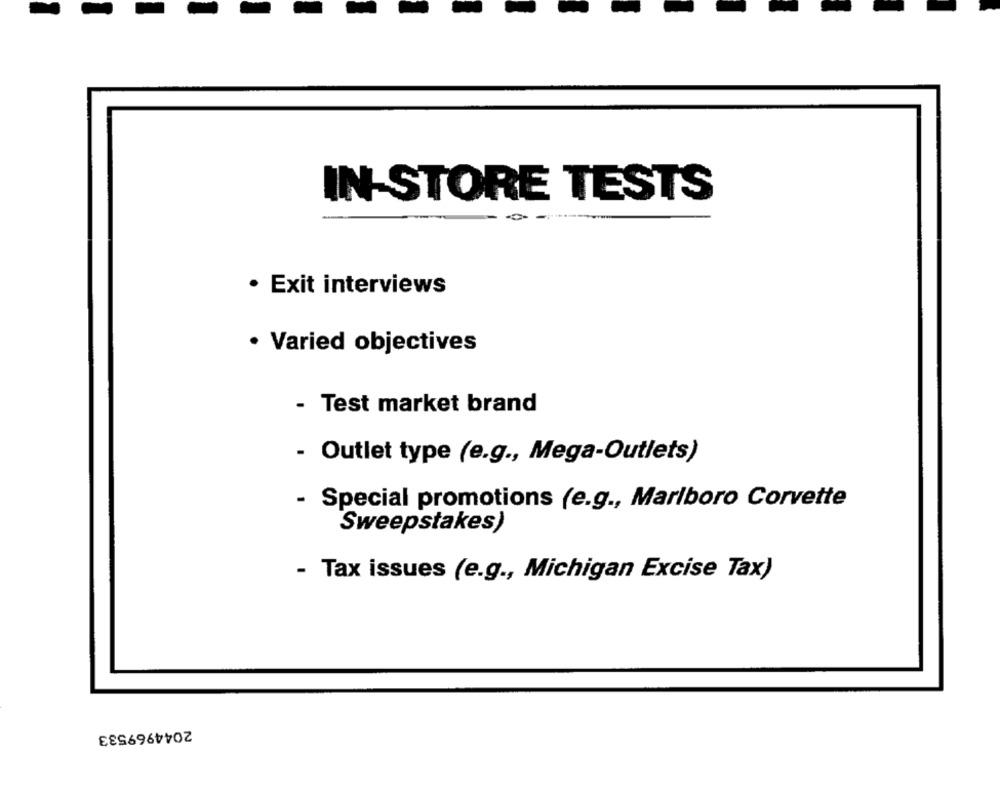
IN-STORE TESTS
· Exit interviews
· Varied objectives
- Test market brand
- Outlet type (e.g ., Mega-Outlets)
- Special promotions (e.g ., Marlboro Corvette
Sweepstakes)
- Tax issues (e.g ., Michigan Excise Tax)
2044969533